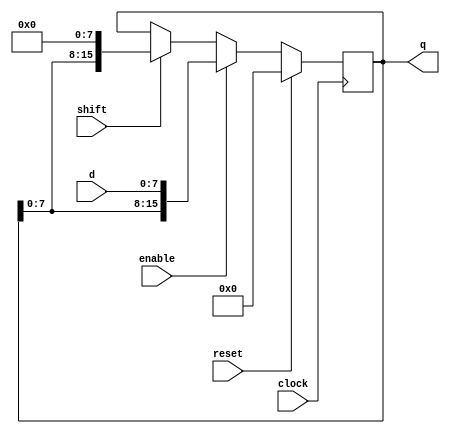
module shift_reg #(parameter INPUT_WIDTH=8, DATA_WIDTH=16) (q, d, clock, enable, shift, reset);

    input clock, enable, shift, reset;
    input [INPUT_WIDTH-1:0] d;
    
    output reg [DATA_WIDTH-1:0] q;

    initial begin
        q <= {DATA_WIDTH{1'b0}};
    end

    always @(posedge clock) begin
        if (reset) begin
            q <= {DATA_WIDTH{1'b0}};
        end else begin
            if (enable) begin
                q <= { q[DATA_WIDTH-INPUT_WIDTH:0], d };
            end else if (shift) begin
                q <= { q[DATA_WIDTH-8:0], 8'b0};
            end
        end
    end


endmodule